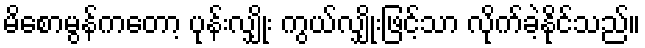
မိစောမွန်ကတော့ ပုန်းလျှိုး ကွယ်လျှိုးဖြင့်သာ လိုက်ခဲ့နိုင်သည်။